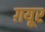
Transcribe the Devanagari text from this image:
ग़यूर